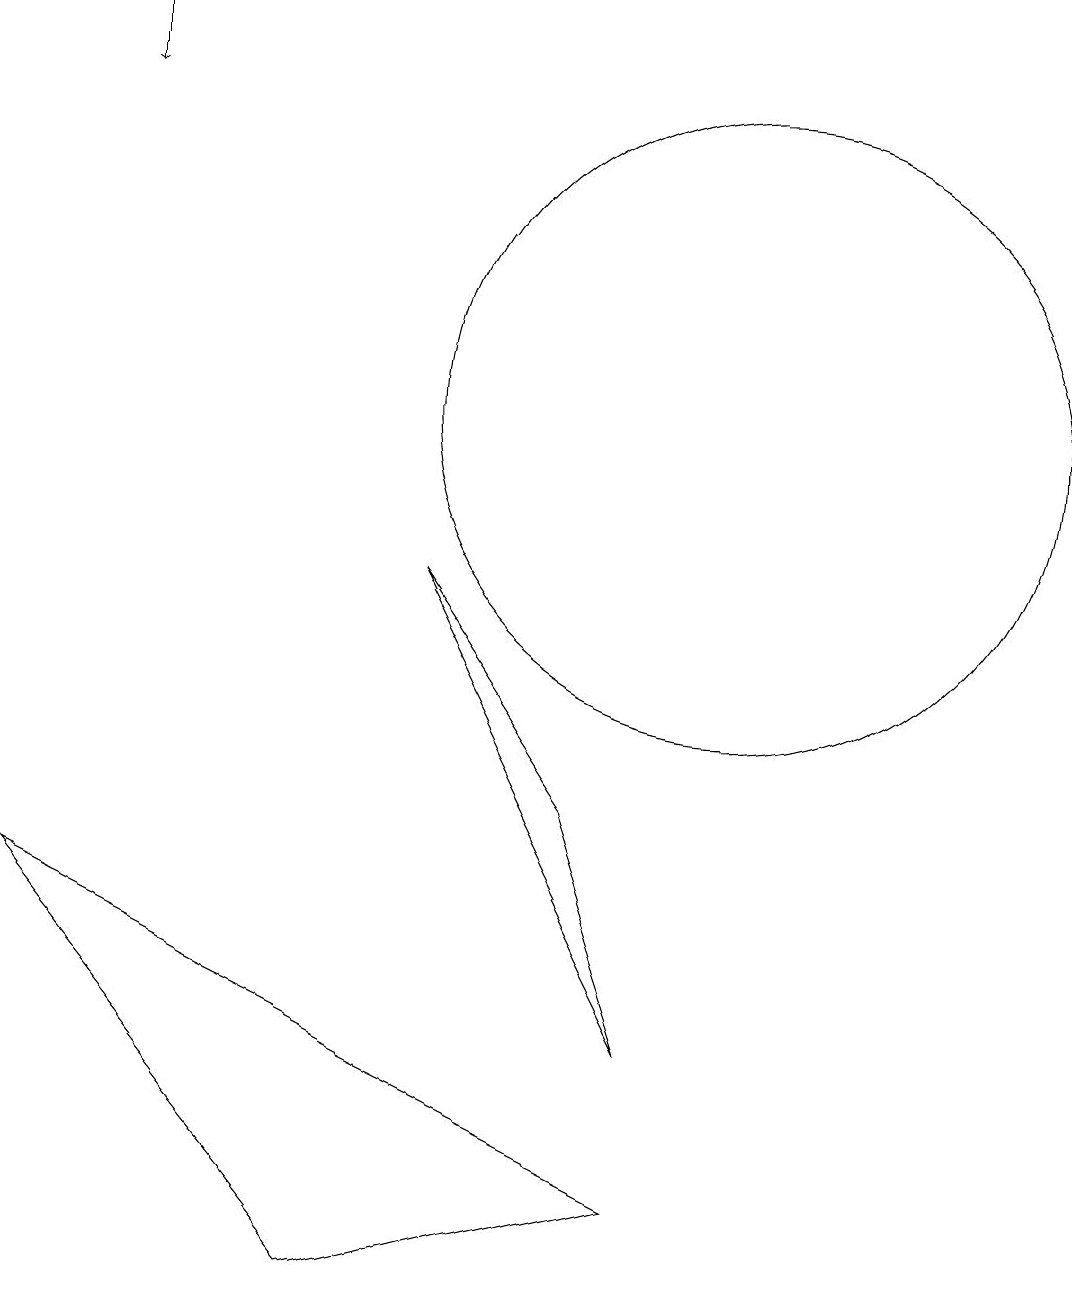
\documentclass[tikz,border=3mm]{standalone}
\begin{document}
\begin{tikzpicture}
\draw (6,9) -- (9,3) -- (8,6) -- cycle;
\draw (5,0) -- (1,5) -- (9,1) -- cycle;
\draw[->] (2,16) -- (2,15);
\draw (10,11) circle (4);
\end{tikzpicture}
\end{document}